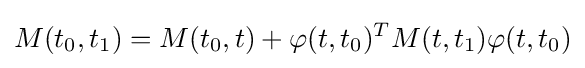
M(t_{0},t_{1})=M(t_{0},t)+\varphi (t,t_{0})^{T}M(t,t_{1})\varphi (t,t_{0})